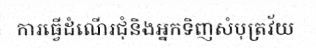
ការធ្វើដំណើរជុំនិងអ្នកទិញសំបុត្រវ័យ